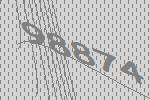
98874